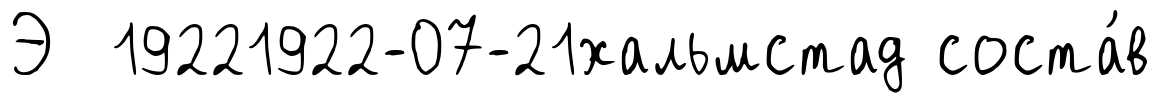
Э 19221922-07-21хальмстад соста́в